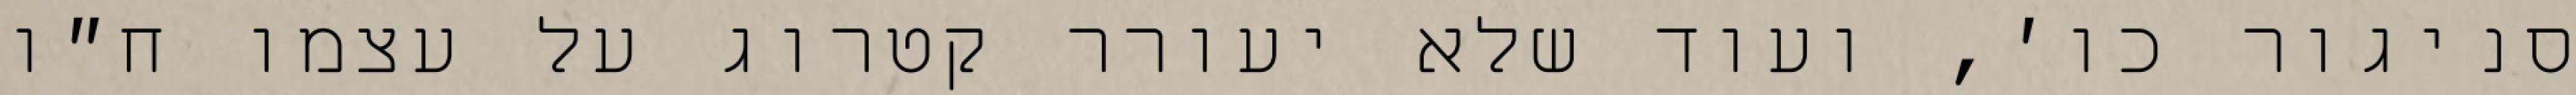
סניגור כו׳, ועוד שלא יעורר קטרוג על עצמו ח״ו